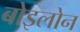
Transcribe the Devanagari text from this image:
बोइलोन